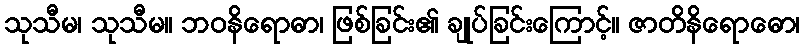
သုသီမ၊ သုသီမ။ ဘဝနိရောဓာ၊ ဖြစ်ခြင်း၏ ချုပ်ခြင်းကြောင့်။ ဇာတိနိရောဓော၊